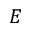
E